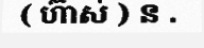
( ហ៊ាស់ ) ន .